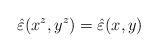
LaTeX: \begin{align*}\hat{\varepsilon }(x^{z},y^{z})=\hat{\varepsilon }(x,y)\end{align*}